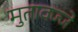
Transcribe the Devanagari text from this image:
मुतावज्जे